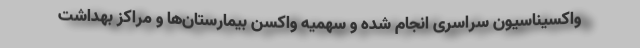
واکسیناسیون سراسری انجام شده و سهمیه واکسن بیمارستان‌ها و مراکز بهداشت